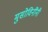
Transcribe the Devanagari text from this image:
मुसोविनींनी